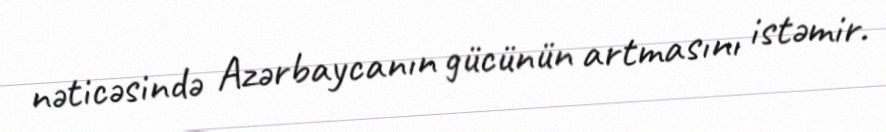
nəticəsində Azərbaycanın gücünün artmasını istəmir.